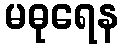
မဓုရေန